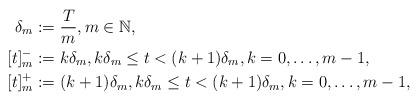
LaTeX: \begin{align*}\delta_m &:= \frac{T}{m}, m \in \mathbb{N},\\ [t]_m^- &:= k \delta_m, k \delta_m \leq t < (k+1)\delta_m, k = 0,\ldots,m-1,\\ [t]_m^+ &:= (k+1) \delta_m, k \delta_m \leq t < (k+1)\delta_m, k = 0,\ldots,m-1,\end{align*}